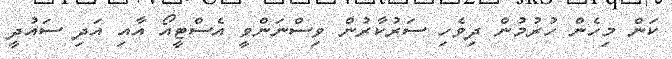
ކަން މިހެން ހުރުމުން ދިވެހި ސަރުކާރުން ވިސްނަންވީ އެސްޓީއޯ އާއި އަދި ސައުދީ